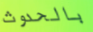
بالحدوث